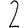
Digit: 2